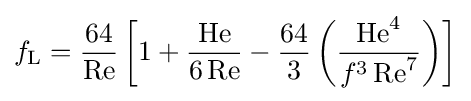
f_{\text{L}}={64 \over \operatorname {Re} }\left[1+{\operatorname {He}  \over 6\operatorname {Re} }-{64 \over 3}\left({\operatorname {He} ^{4} \over f^{3}\operatorname {Re} ^{7}}\right)\right]